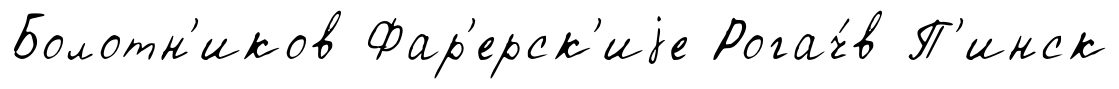
Болотн'иков Фар'ерск'иjе Рогач́в П'инск